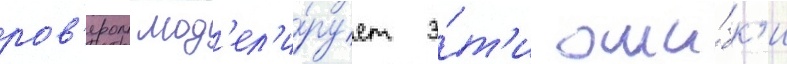
ров'ером мод'ел'и́рует э́т'и оши́бк'и